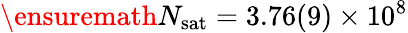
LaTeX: \ensuremath{N_{\mathrm{sat}}}=3.76(9)\times 10^{8}